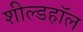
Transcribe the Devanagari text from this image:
शील्डहॉल